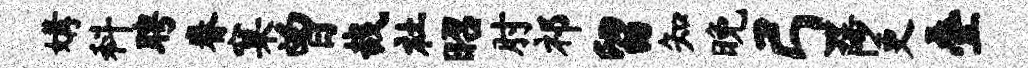
媾科聘眷窠曾哉社昭肘祁留知晚弓陟更叠